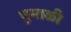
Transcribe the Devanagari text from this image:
धुमाळी